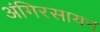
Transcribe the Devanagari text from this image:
अंगिरसायन